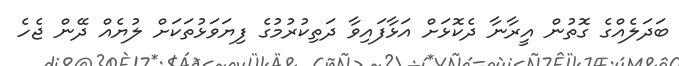
ބަދަލެއްގެ ގޮތުން އީރާނާ ދެކޮޅަށް އަޅާފައިވާ ދަތިކުރުމުގެ ފިޔަވަޅުތަކަށް ލުޔެއް ދޭން ޖެހެ